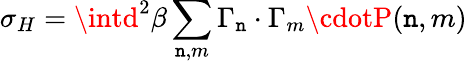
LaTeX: \sigma_{H}=\intd^{2}\beta\sum_{\mathtt{n},m}\Gamma_{\mathtt{n}}\cdot\Gamma_{m}\cdotP(\mathtt{n},m)